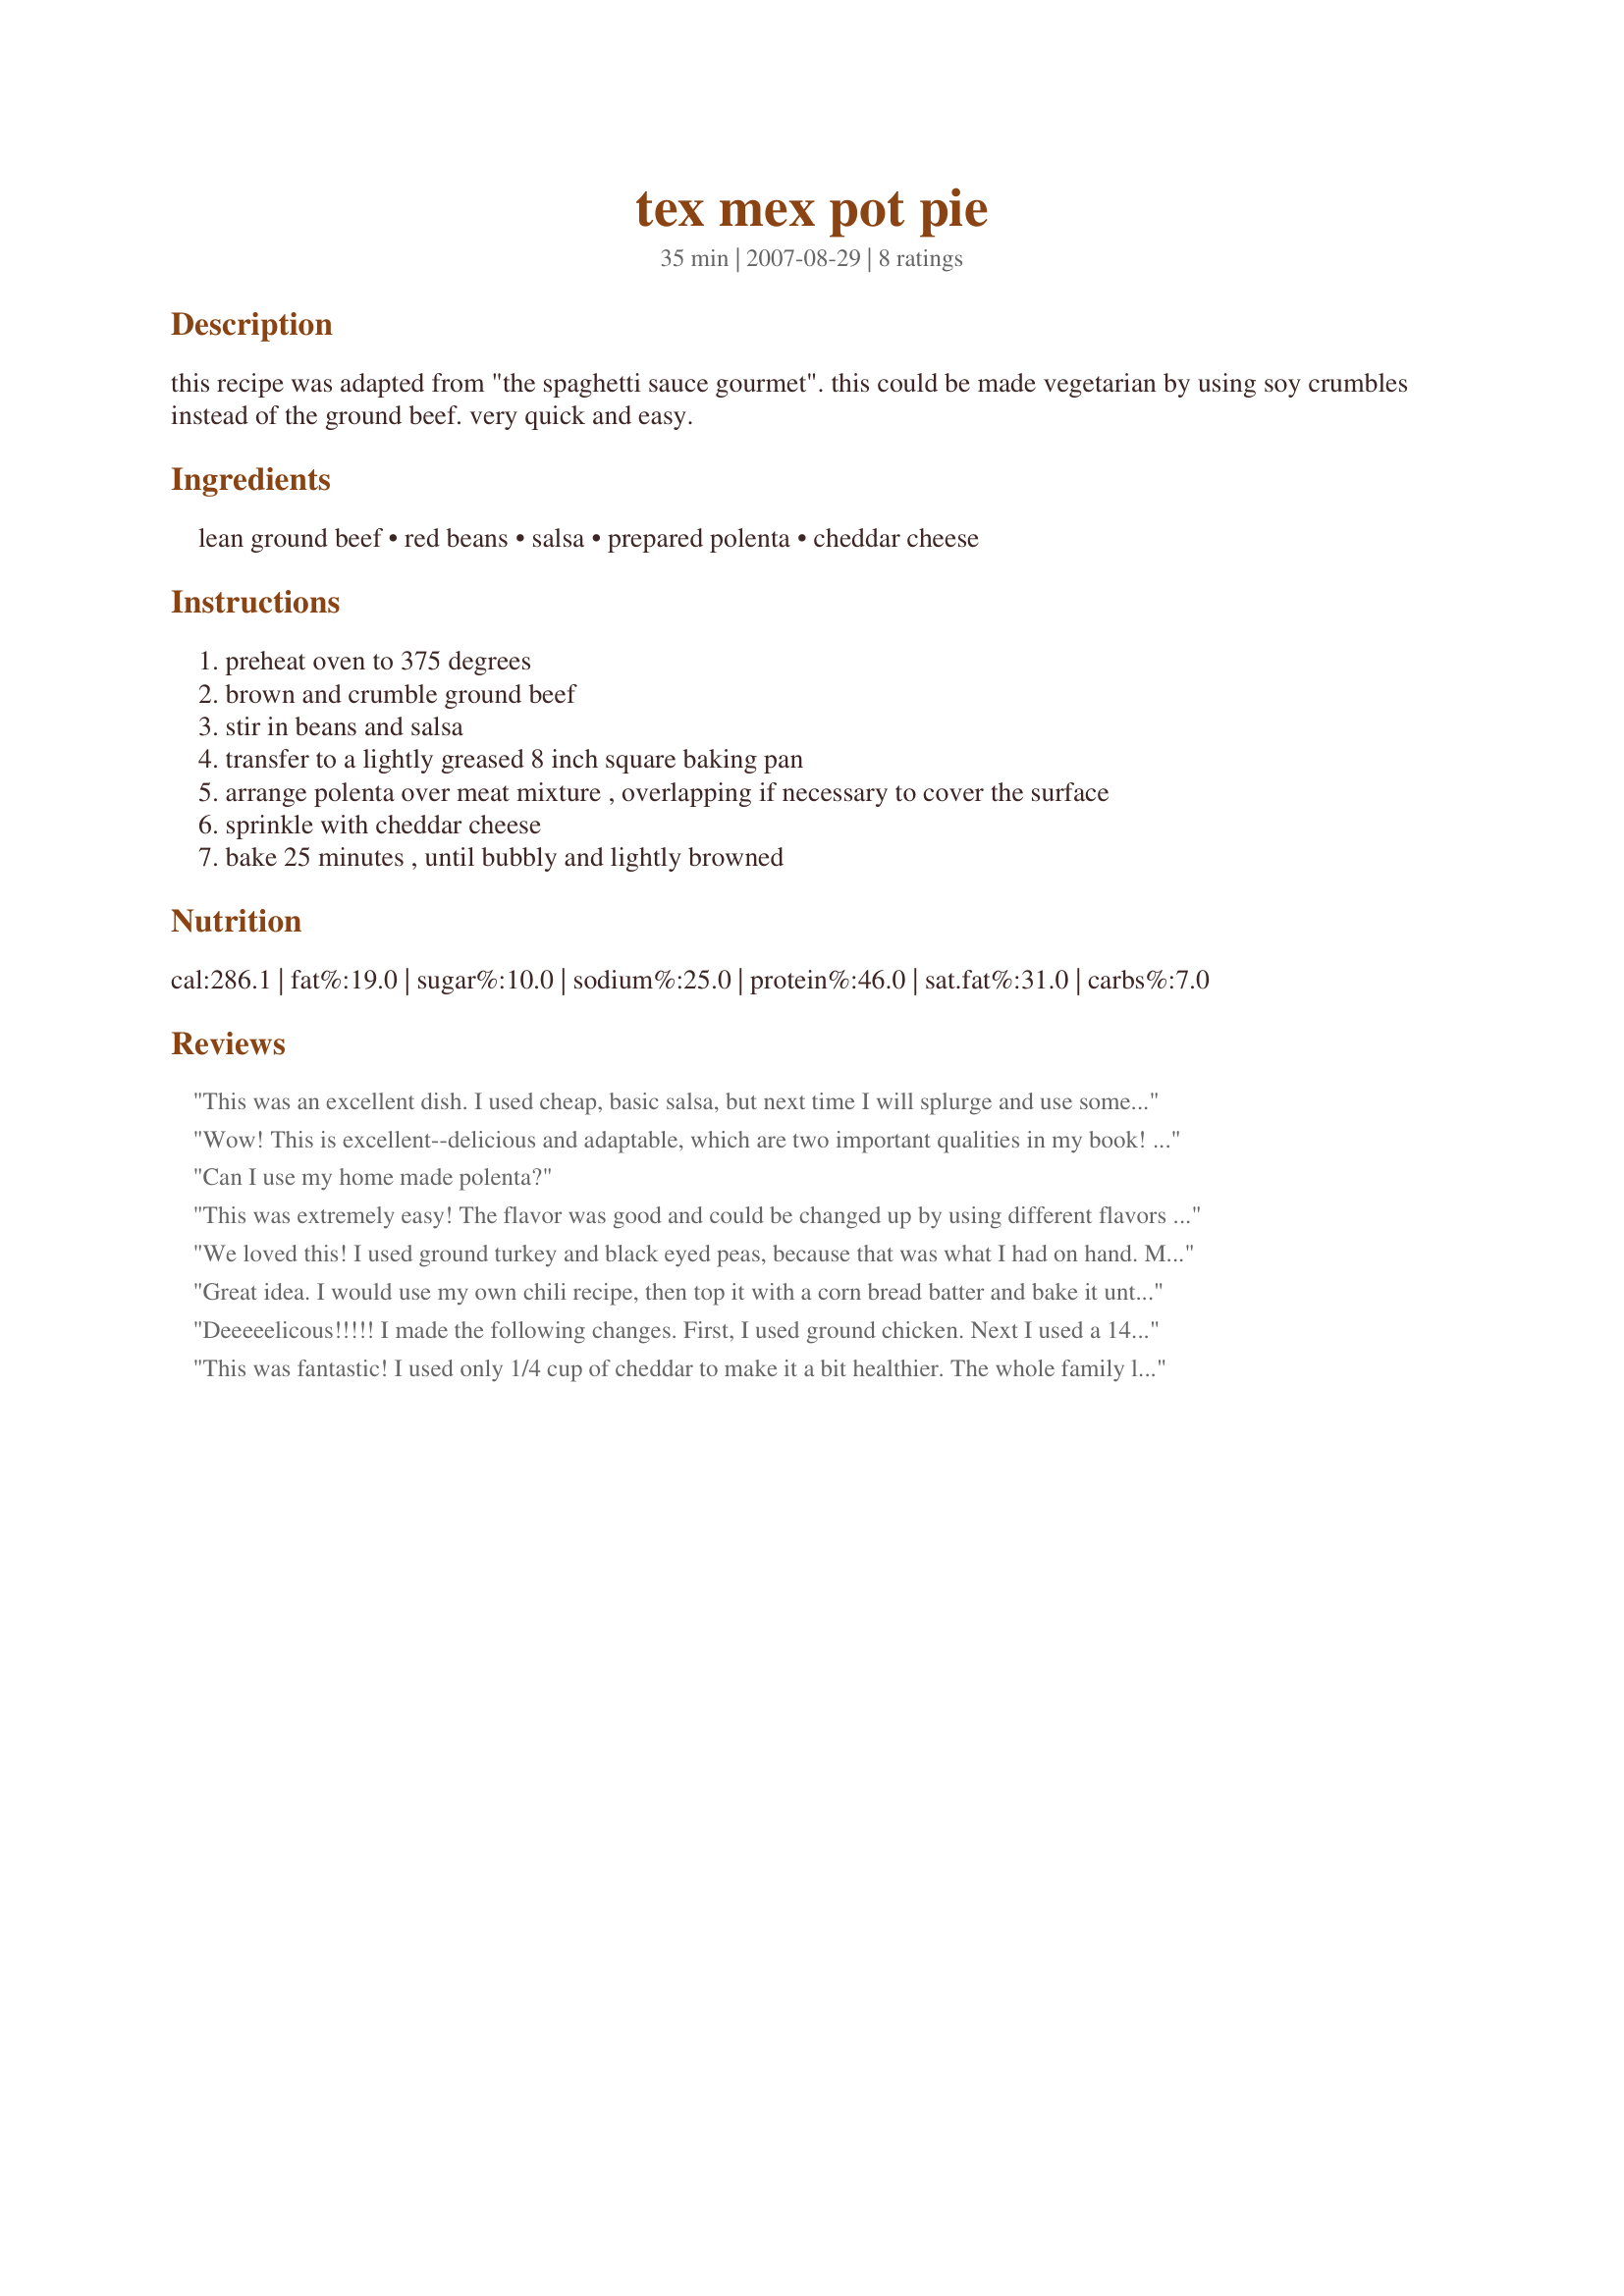
tex mex pot pie
Preparation time: 35 minutes

this recipe was adapted from "the spaghetti sauce gourmet". this could be made vegetarian by using soy crumbles instead of the ground beef. very quick and easy.

Ingredients:
lean ground beef, red beans, salsa, prepared polenta, cheddar cheese

Steps:
preheat oven to 375 degrees
brown and crumble ground beef
stir in beans and salsa
transfer to a lightly greased 8 inch square baking pan
arrange polenta over meat mixture , overlapping if necessary to cover the surface
sprinkle with cheddar cheese
bake 25 minutes , until bubbly and lightly browned

Reviews:
This was an excellent dish. I used cheap, basic salsa, but next time I will splurge and use something more interesting and exotic. I couldn't find a roll of polenta at our store (crazy, I know, but we're pretty rural) and so I made Microwave Polenta, recipe #3503, and spread it over the top. It turned out fine and I will probably do that again (it is less expensive than a roll of polenta would have been, anyway).
Wow! This is excellent--delicious and adaptable, which are two important qualities in my book! I used vegetarian ground beef and 24 ounces of salsa, and added hot sauce and cumin to the bean mixture. Delicious. My only caveat is to watch the sodium of the salsa you use. Mine was a delicious (but salty) corn and bean salsa, and it really made the dish too salty. But, other than that, the dish was perfect. I highly recommend you try it today!
Can I use my home made polenta?
This was extremely easy! The flavor was good and could be changed up by using different flavors of salsa. I used a spicy chipotle salsa and also added onions when browning the ground beef as we really like onions. Made for Zaar Tag 08A. Thanks for a great recipe, Mary!
We loved this! I used ground turkey and black eyed peas, because that was what I had on hand. My husband has already asked me to make it again!
Great idea. I would use my own chili recipe, then top it with a corn bread batter and bake it until the corn bread is done, oh, cheese is in the corn bread mix along with green chilis or fresh jalepeno.
Deeeeelicous!!!!! I made the following changes. First, I used ground chicken. Next I used a 14.5 oz can of crushed tomatoes with jalepeno and small can of tomato paste,, plus cumin as a seasoning, combined and cooked, for the salsa. After mixing the chicken with the beans and sauce I placed the mixture in the pan and topped with chopped onions and peppers. I then topped with polenta and cheese. My husband loved it. We are happy that we have leftovers.
This was fantastic! I used only 1/4 cup of cheddar to make it a bit healthier. The whole family loved it.
